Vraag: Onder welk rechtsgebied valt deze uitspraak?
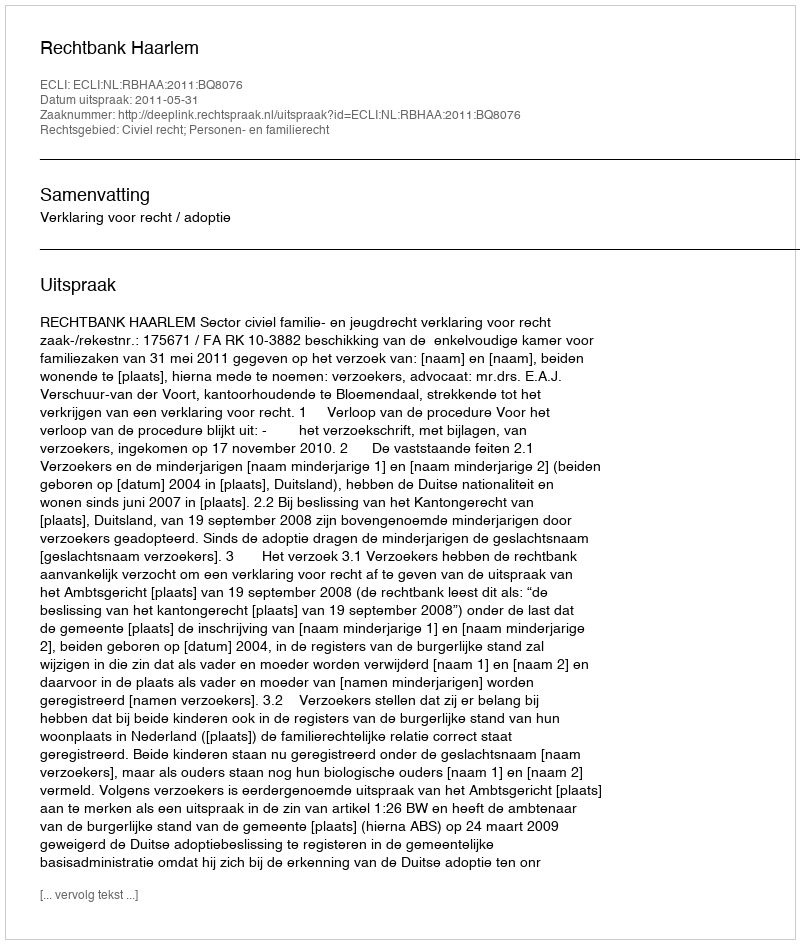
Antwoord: Civiel recht; Personen- en familierecht